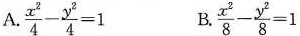
A.$$\frac{x^{2}}{4}- \frac{y^{2}}{4}=1$$ B. $$\frac{x^{2}}{8}- \frac{y^{2}}{8}=1$$